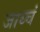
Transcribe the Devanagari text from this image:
जाय्चं